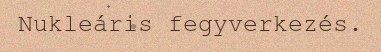
Nukleáris fegyverkezés.